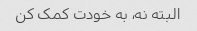
البته نه، به خودت کمک کن